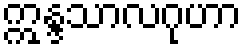
ဣန္ဒသာလဂုဟာ